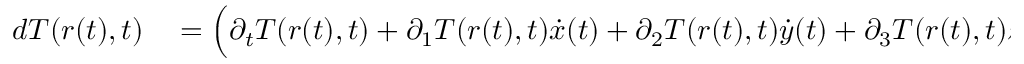
\begin{array} { r l } { d T ( r ( t ) , t ) } & { { } = \Big ( \partial _ { t } T ( r ( t ) , t ) + \partial _ { 1 } T ( r ( t ) , t ) \Dot { x } ( t ) + \partial _ { 2 } T ( r ( t ) , t ) \Dot { y } ( t ) + \partial _ { 3 } T ( r ( t ) , t ) \Dot { z } ( t ) \Big ) d t } \end{array}